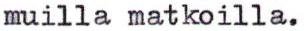
muilla matkoilla.